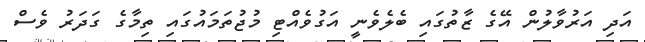
އަދި އަރުވާލުން އޭގެ ޒާތުގައި ބެލެވެނީ އަގުވެއްޓި މުޖުތަމައުގައި ތިމާގެ ގަދަރު ވެސް